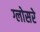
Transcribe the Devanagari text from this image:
ग्लोसरे